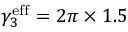
\gamma _ { 3 } ^ { \mathrm { e f f } } = 2 \pi \times 1 . 5